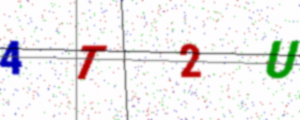
Text: 4T2U